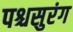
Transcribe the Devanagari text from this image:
पश्चसुरंग